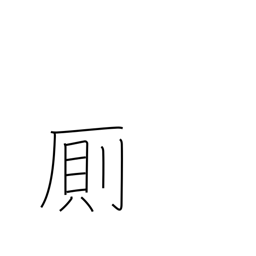
Meaning: privy